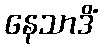
နေသာဒိံ